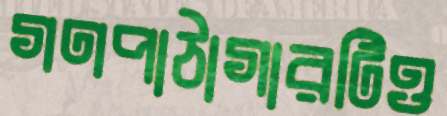
গণপাঠাগারটিও